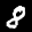
Label: 8